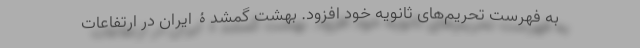
به فهرست تحریم‌های ثانویه خود افزود. بهشت گمشدۀ ایران در ارتفاعات